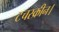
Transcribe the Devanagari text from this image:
टचस्क्रीन।